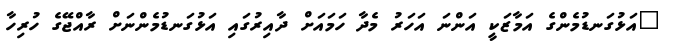
"އަޅުގަނޑުމެންގެ އަމާޒަކީ އަންނަ އަހަރު މެދާ ހަމައަށް ދާއިރުގައި އަޅުގަނޑުމެންނަށް ރާއްޖޭގެ ހުރިހާ